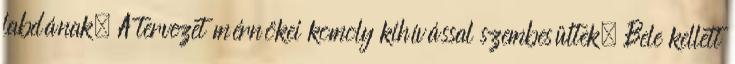
labdának. A tervezet mérnökei komoly kihívással szembesültek. Bele kellett